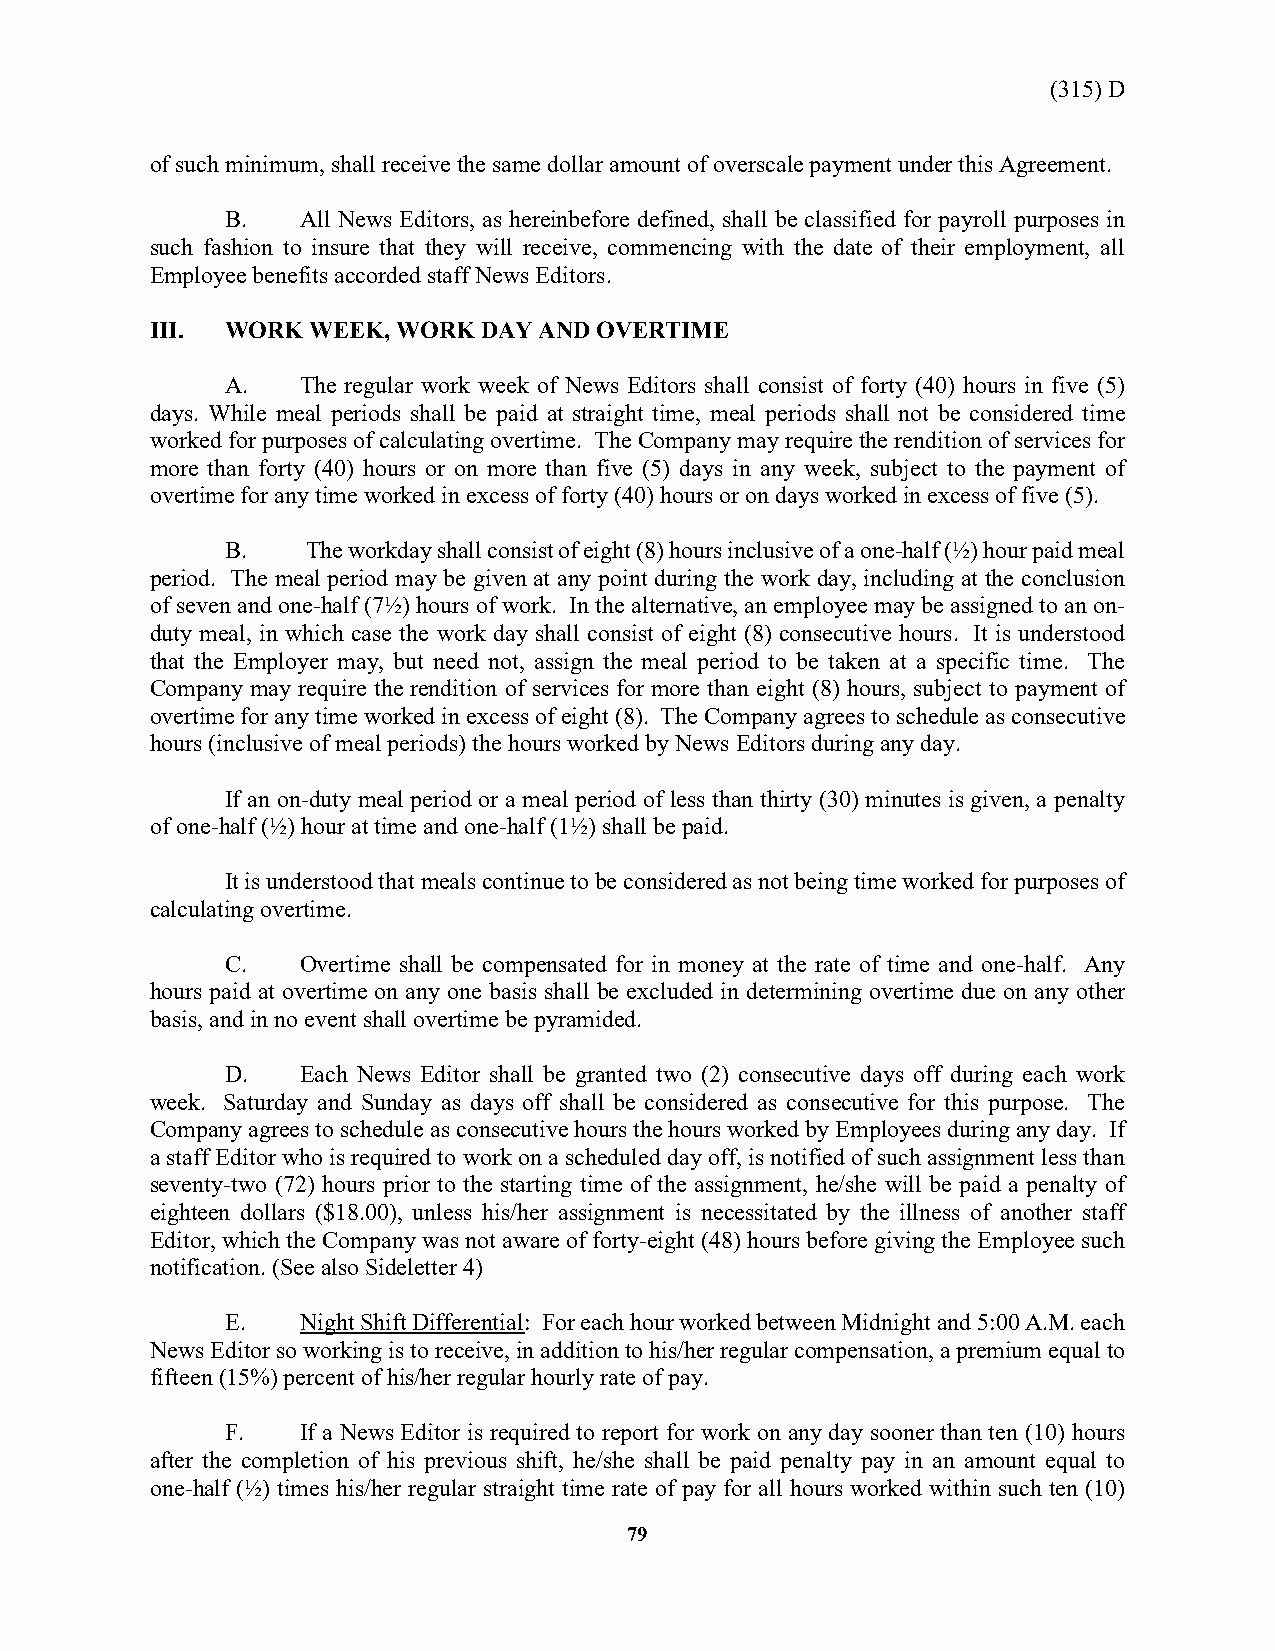
(315) D
 of such minimum, shall receive the same dollar amount of overscale payment under this Agreement.
 B.   All News Editors, as hereinbefore defined, shall be classified for payroll purposes in
 such fashion to insure that they will receive, commencing with the date of their employment, all
 Employee benefits accorded staff News Editors.
 III. WORK  WEEK, WORK DAY AND OVERTIME
 A.   The regular work week of News Editors shall consist of forty (40) hours in five (5)
 days. While meal periods shall be paid at straight time, meal periods shall not be considered time
 worked for purposes of calculating overtime. The Company may require the rendition of services for
 more than forty (40) hours or on more than five (5) days in any week, subject to the payment of
 overtime for any time worked in excess of forty (40) hours or on days worked in excess of five (5).
 B.   The workday shall consist of eight (8) hours inclusive of a one-half (½) hour paid meal
 period. The meal period may be given at any point during the work day, including at the conclusion
 of seven and one-half (7½) hours of work. In the alternative, an employee may be assigned to an on-
 duty meal, in which case the work day shall consist of eight (8) consecutive hours. It is understood
 that the Employer may, but need not, assign the meal period to be taken at a specific time. The
 Company may require the rendition of services for more than eight (8) hours, subject to payment of
 overtime for any time worked in excess of eight (8). The Company agrees to schedule as consecutive
 hours (inclusive of meal periods) the hours worked by News Editors during any day.
 If an on-duty meal period or a meal period of less than thirty (30) minutes is given, a penalty
 of one-half (½) hour at time and one-half (1½) shall be paid.
 It is understood that meals continue to be considered as not being time worked for purposes of
 calculating overtime.
 C.   Overtime shall be compensated for in money at the rate of time and one-half. Any
 hours paid at overtime on any one basis shall be excluded in determining overtime due on any other
 basis, and in no event shall overtime be pyramided.
 D.   Each News Editor shall be granted two (2) consecutive days off during each work
 week. Saturday and Sunday as days off shall be considered as consecutive for this purpose. The
 Company agrees to schedule as consecutive hours the hours worked by Employees during any day. If
 a staff Editor who is required to work on a scheduled day off, is notified of such assignment less than
 seventy-two (72) hours prior to the starting time of the assignment, he/she will be paid a penalty of
 eighteen dollars ($18.00), unless his/her assignment is necessitated by the illness of another staff
 Editor, which the Company was not aware of forty-eight (48) hours before giving the Employee such
 notification. (See also Sideletter 4)
 E.   Night Shift Differential: For each hour worked between Midnight and 5:00 A.M. each
 News Editor so working is to receive, in addition to his/her regular compensation, a premium equal to
 fifteen (15%) percent of his/her regular hourly rate of pay.
 F.   If a News Editor is required to report for work on any day sooner than ten (10) hours
 after the completion of his previous shift, he/she shall be paid penalty pay in an amount equal to
 one-half (½) times his/her regular straight time rate of pay for all hours worked within such ten (10)
 79